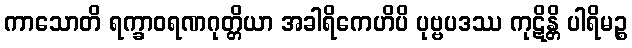
ကာသောတိ ရက္ခာဝရဏဂုတ္တိယာ အခါရိကေဟိပိ ပုဗ္ဗပဒဿ ကုဋိန္တိ ပါရိမဉ္စ